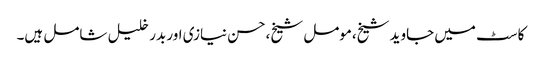
کاسٹ میں جاوید شیخ،مومل شیخ،حسن نیازی اور بدر خلیل شامل ہیں۔